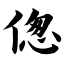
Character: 偬